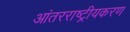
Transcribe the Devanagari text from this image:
आंतरराष्ट्रीयकरण